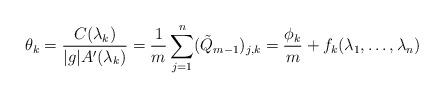
LaTeX: \begin{align*}\theta_k=\frac{C(\lambda_k)}{|g|A'(\lambda_k)}=\frac{1}{m}\sum_{j=1}^n(\tilde{Q}_{m-1})_{j,k}=\frac{\phi_k}{m}+f_k(\lambda_1,\dots,\lambda_n)\end{align*}